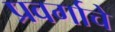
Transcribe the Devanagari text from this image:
प्रवर्गाचे